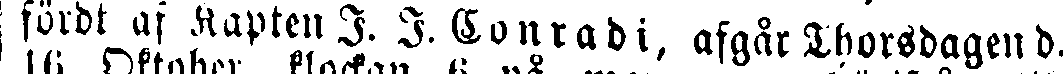
fördt af kapten J. J Conradi, afgår Thorsdagen d.